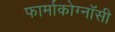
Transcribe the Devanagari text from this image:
फार्माकोग्नॉसी